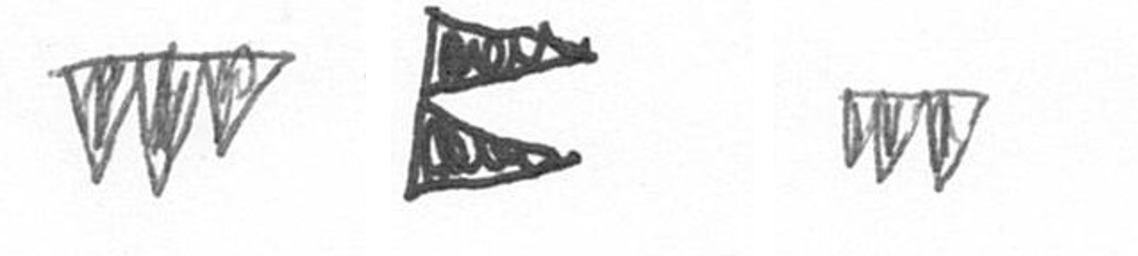
L P L